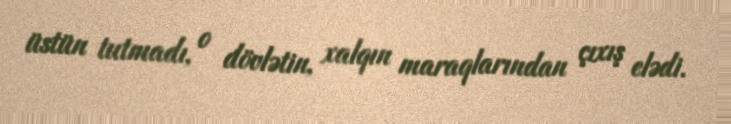
üstün tutmadı, o dövlətin, xalqın maraqlarından çıxış elədi.